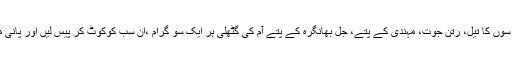
جواب: ایک کلو سر سوں کا تیل، رتن جوت، مہندی کے پتے، جل بھانگرہ کے پتے آم کی گٹھلی ہر ایک سو گرام ،ان سب کوکوٹ کر پیس لیں اور پانی میں دو دن بھگو دیں۔